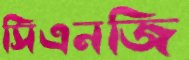
সিএনজি